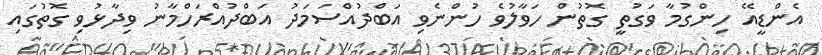
އެންޑީއޭ ހިންގުމާ ވަގުތީ ގޮތުން ހަވާލުވެ ހުންނެވި އަބްދުއްސަމަދު އަބްދުއްރަހްމާނު ވިދާޅުވި ގޮތުގައި